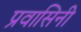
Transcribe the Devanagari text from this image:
प्रवासिनी